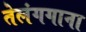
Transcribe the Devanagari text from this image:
तेलंगगाना